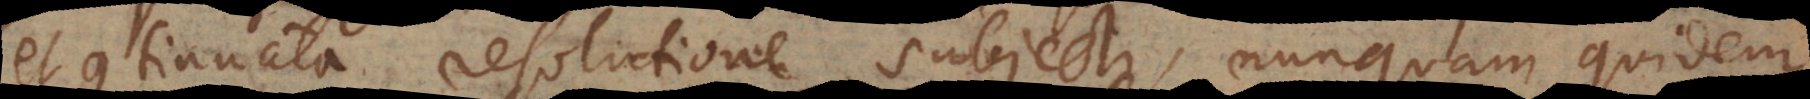
et continuata resolutione subjecti, nunquam quidem